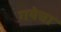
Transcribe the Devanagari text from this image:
गयेचा